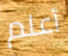
أعلم